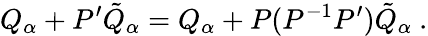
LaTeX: Q_{\alpha}+P^{\prime}{\tilde{Q}}_{\alpha}=Q_{\alpha}+P(P^{-1}P^{\prime}){\tilde{Q}}_{\alpha}\ .